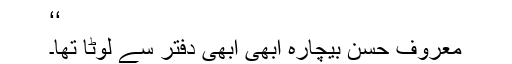
‘‘
معروف حسن بیچارہ ابھی ابھی دفتر سے لوٹا تھا۔